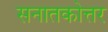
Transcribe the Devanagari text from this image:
सनातकोत्तर